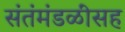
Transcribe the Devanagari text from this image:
संतंमंडळींसह